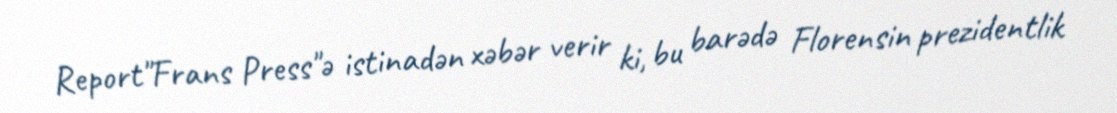
Report"Frans Press"ə istinadən xəbər verir ki, bu barədə Florensin prezidentlik